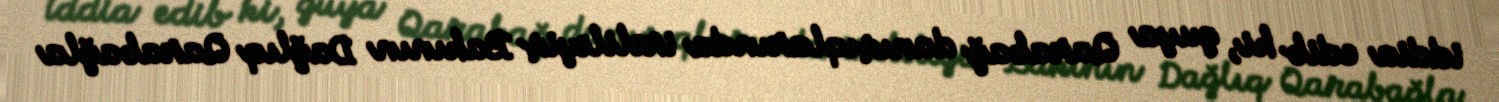
iddia edib ki, guya Qarabağ danışıqlarında irəliləyiş Bakının Dağlıq Qarabağla